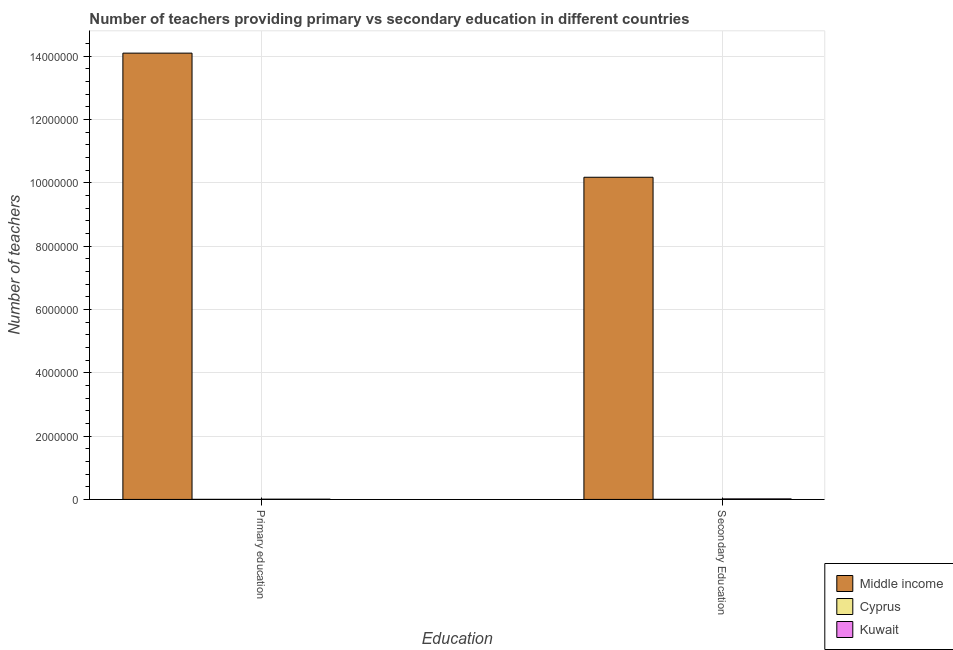
| Education | Middle income | Cyprus | Kuwait |
 | --- | --- | --- | --- |
 | Primary education | 1.41e+07 | 2.22e+03 | 8.35e+03 |
 | Secondary Education | 1.02e+07 | 3.09e+03 | 1.72e+04 |